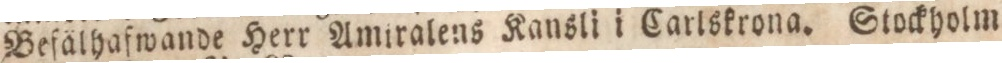
Beſälhafwande Herr Amiralens Kansli i Carlskrona. Stockholm